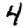
Digit: 4